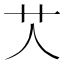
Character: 𦫸